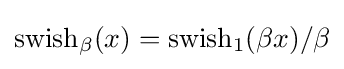
\operatorname {swish} _{\beta }(x)=\operatorname {swish} _{1}(\beta x)/\beta